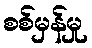
စစ်မှန်မှု